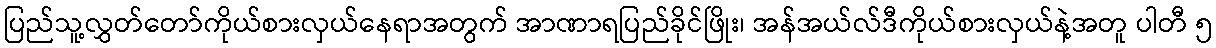
ပြည်သူ့လွှတ်တော်ကိုယ်စားလှယ်နေရာအတွက် အာဏာရပြည်ခိုင်ဖြိုး၊ အန်အယ်လ်ဒီကိုယ်စားလှယ်နဲ့အတူ ပါတီ ၅